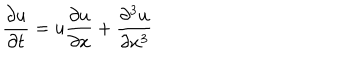
LaTeX: { \frac { \partial u } { \partial t } } = u { \frac { \partial u } { \partial x } } + { \frac { \partial ^ { 3 } u } { \partial x ^ { 3 } } }